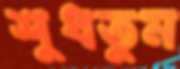
শুধতুম